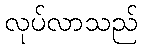
လုပ်လာသည်